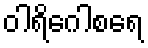
ဝါရိဂေါစရေ